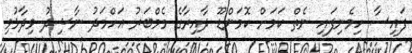
ފައިސާ ހިމެނިފައި ނެތް ކަމަށް ކޮމަންޑޫ ދާއިރާގެ މެމްބަރު އަހްމަދު ނާޝިދު ވިދާޅުވި